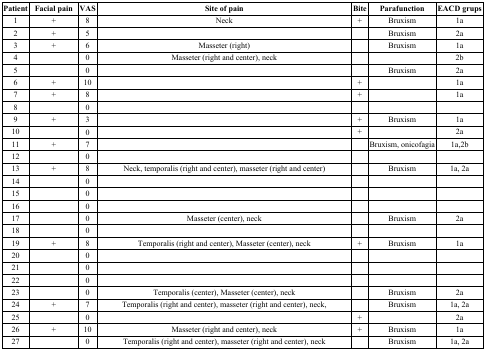
| Patient | Facial pain | VAS | Site of pain | Bite | Parafunction | EACD grups |
 | --- | --- | --- | --- | --- | --- | --- |
 | 1 | + | 8 | Neck | + | Bruxism | 1a |
 | 2 | + | 5 |  |  | Bruxism | 2a |
 | 3 | + | 6 | Masseter (right) |  | Bruxism | 1a |
 | 4 |  | 0 | Masseter (right and center), neck |  |  | 2b |
 | 5 |  | 0 |  |  | Bruxism | 2a |
 | 6 | + | 10 |  | + |  | 1a |
 | 7 | + | 8 |  | + |  | 1a |
 | 8 |  | 0 |  |  |  |  |
 | 9 | + | 3 |  | + | Bruxism | 1a |
 | 10 |  | 0 |  | + |  | 2a |
 | 11 | + | 7 |  |  | Bruxism, onicofagia | 1a,2b |
 | 12 |  | 0 |  |  |  |  |
 | 13 | + | 8 | Neck, temporalis (right and center), masseter (right and center) |  | Bruxism | 1a, 2a |
 | 14 |  | 0 |  |  |  |  |
 | 15 |  | 0 |  |  |  |  |
 | 16 |  | 0 |  |  |  |  |
 | 17 |  | 0 | Masseter (center), neck |  | Bruxism | 2a |
 | 18 |  | 0 |  |  |  |  |
 | 19 | + | 8 | Temporalis (right and center), Masseter (center), neck | + | Bruxism | 1a |
 | 20 |  | 0 |  |  |  |  |
 | 21 |  | 0 |  |  |  |  |
 | 22 |  | 0 |  |  |  |  |
 | 23 |  | 0 | Temporalis (center), Masseter (center), neck |  | Bruxism | 2a |
 | 24 | + | 7 | Temporalis (right and center), masseter (right and center), neck, |  | Bruxism | 1a, 2a |
 | 25 |  | 0 |  | + |  | 2a |
 | 26 | + | 10 | Masseter (right and center), neck | + | Bruxism | 1a |
 | 27 |  | 0 | Temporalis (right and center), masseter (right and center), neck |  | Bruxism | 1a, 2a |